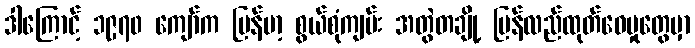
ဒါကြောင့် ၁၉၇၀ ကျော်က မြန်မာ့ စွယ်စုံကျမ်း အတွဲတချို့ ပြန်လည်ထုတ်ဝေမှုတွေမှာ